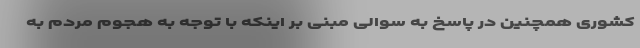
کشوری همچنین در پاسخ به سوالی مبنی بر اینکه با توجه به هجوم مردم به